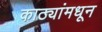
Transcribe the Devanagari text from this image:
काठ्यांमधून